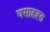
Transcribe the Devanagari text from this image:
वसाहह्त